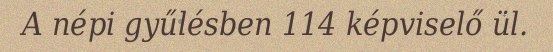
A népi gyűlésben 114 képviselő ül.